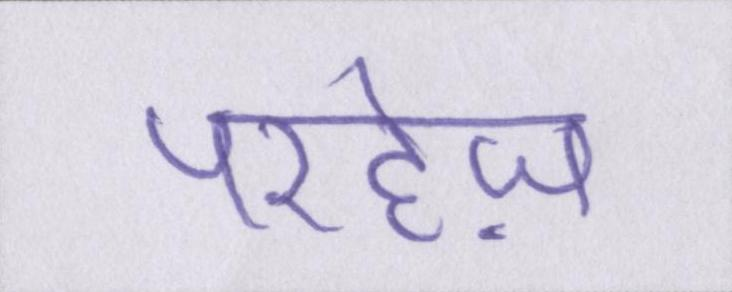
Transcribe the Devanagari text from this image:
परहेज़